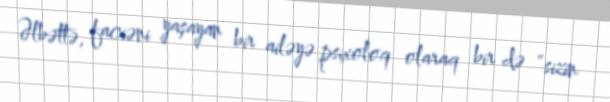
Əlbəttə, faciəni yaşayan bir ailəyə psixoloq olaraq bir də ”sizin